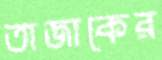
তাজাকের